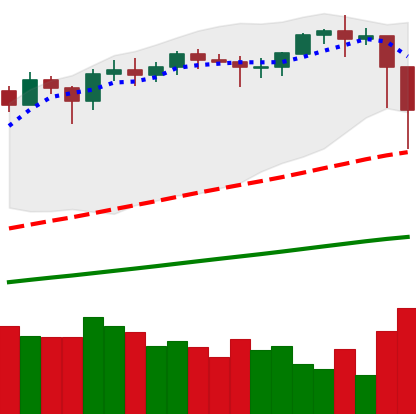
Ticker: ETH-USD
Chart end date: 2021-02-23
Forward return: -9.818%
Label: down_7plus